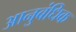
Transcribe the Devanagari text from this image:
आनुबंधिक